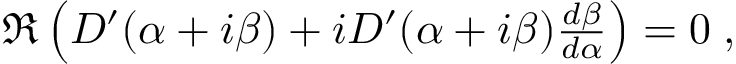
\begin{array} { r } { \Re \left( D ^ { \prime } ( \alpha + i \beta ) + i D ^ { \prime } ( \alpha + i \beta ) \frac { d \beta } { d \alpha } \right) = 0 \; , } \end{array}